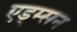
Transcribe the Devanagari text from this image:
एड्म्सन